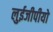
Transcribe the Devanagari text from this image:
लुईजीपीयो